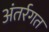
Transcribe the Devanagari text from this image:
अंतर्रगत